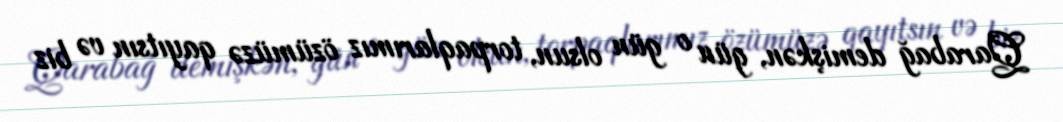
Qarabağ demişkən, gün o gün olsun, torpaqlarımız özümüzə qayıtsın və biz